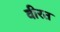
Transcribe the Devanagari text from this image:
वीरत